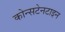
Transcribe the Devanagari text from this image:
कोन्सटेनटाइन